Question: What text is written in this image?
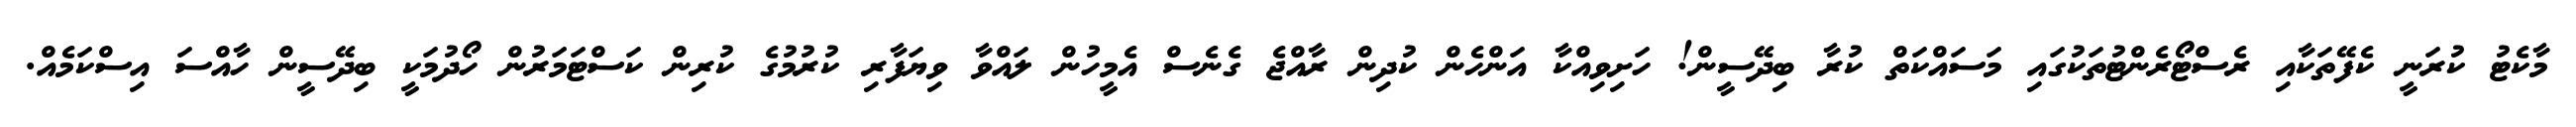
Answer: މާކެޓު ކުރަނީ ކެފޭތަކާއި ރެސްޓޯރެންޓުތަކުގައި މަސައްކަތް ކުރާ ބިދޭސީން! ހަށިވިއްކާ އަންހެން ކުދިން ރާއްޖެ ގެނެސް އެމީހުން ލައްވާ ވިޔަފާރި ކުރުމުގެ ކުރިން ކަސްޓަމަރުން ހޯދުމަކީ ބިދޭސީން ހާއްސަ އިސްކަމެއް.